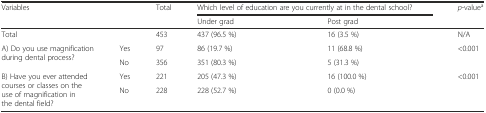
<table><thead><tr><td rowspan="2"><b>Variables</b></td><td></td><td><b>Total</b></td><td colspan="2"><b>Which level of education are you currently at in the dental school?</b></td><td rowspan="2"><b><i>p</i>-value<sup>a</sup></b></td></tr><tr><td></td><td></td><td><b>Under grad</b></td><td><b>Post grad</b></td></tr></thead><tbody><tr><td>Total</td><td></td><td>453</td><td>437 (96.5 %)</td><td>16 (3.5 %)</td><td>N/A</td></tr><tr><td rowspan="2">A) Do you use magnification during dental process?</td><td>Yes</td><td>97</td><td>86 (19.7 %)</td><td>11 (68.8 %)</td><td rowspan="2">&lt;0.001</td></tr><tr><td>No</td><td>356</td><td>351 (80.3 %)</td><td>5 (31.3 %)</td></tr><tr><td rowspan="2">B) Have you ever attended courses or classes on the use of magnification in the dental field?</td><td>Yes</td><td>221</td><td>205 (47.3 %)</td><td>16 (100.0 %)</td><td rowspan="2">&lt;0.001</td></tr><tr><td>No</td><td>228</td><td>228 (52.7 %)</td><td>0 (0.0 %)</td></tr></tbody></table>